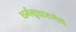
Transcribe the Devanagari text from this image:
धर्मसुधारणेचे